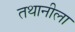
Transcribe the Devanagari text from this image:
तथानीला